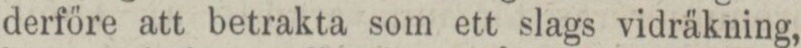
derföre att betrakta som ett slags vidräkning,